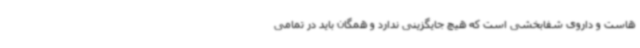
هاست و داروی شفابخشی است که هیچ جایگزینی ندارد و همگان باید در تمامی